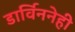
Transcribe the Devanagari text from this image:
डार्विननेही